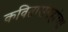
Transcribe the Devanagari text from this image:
कवितासंग्रहांच्या